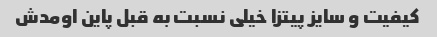
کیفیت و سایز پیتزا خیلى نسبت به قبل پاین اومدش